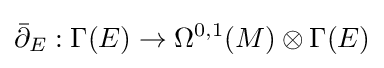
{\bar {\partial }}_{E}:\Gamma (E)\to \Omega ^{0,1}(M)\otimes \Gamma (E)